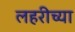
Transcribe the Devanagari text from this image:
लहरीच्या